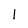
Character: l